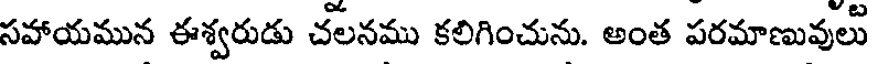
సహాయమున ఈశ్వరుడు చలనము కలిగించును. అంత పరమాణువులు